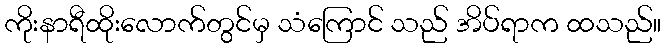
ကိုးနာရီထိုးလောက်တွင်မှ သံကြောင် သည် အိပ်ရာက ထသည်။